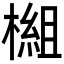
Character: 𬄗